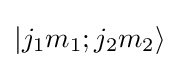
|j_{1}m_{1};j_{2}m_{2}\rangle